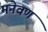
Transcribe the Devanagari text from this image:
मनेवण